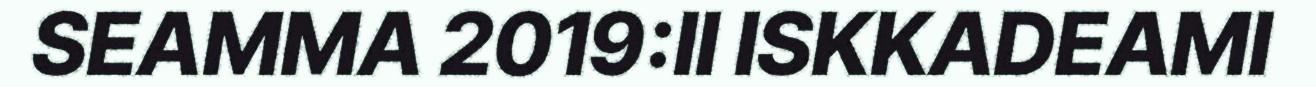
SEAMMA 2019:II ISKKADEAMI